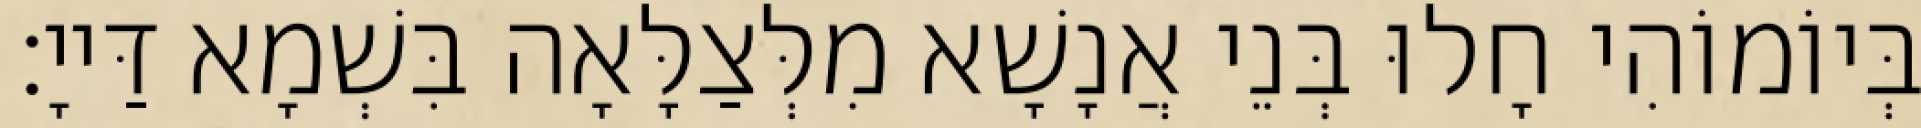
בְּיוֹמוֹהִי חָלוּ בְּנֵי אֲנָשָׁא מִלְּצַלָּאָה בִּשְׁמָא דַּייָ׃